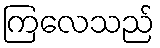
ကြလေသည်